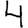
Digit: 4